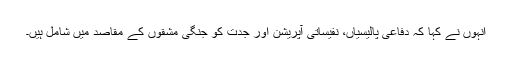
انہوں نے کہا کہ دفاعی پالیسیاں، نفیساتی آپریشن اور جدت کو جنگی مشقوں کے مقاصد میں شامل ہیں۔